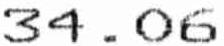
34.06